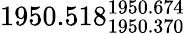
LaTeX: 1950.518_{1950.370}^{1950.674}